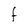
Character: F